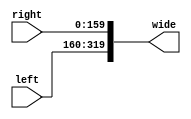
module bus_width_adapter_160_320(left, right, wide);
	input  [159:0] left, right;
	output [319:0] wide;
	
	assign wide[319:160] = left[159:0];
	assign wide[159:0]   = right[159:0];
endmodule


module bus_width_adapter_320_160(left, right, wide);
	input [319:0] wide;
	output [159:0] left, right;
		
	assign left[159:0]  = wide[319:160];
	assign right[159:0] = wide[159:0];
endmodule